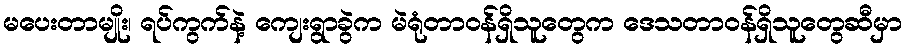
မပေးတာမျိုး၊ ရပ်ကွက်နဲ့ ကျေးရွာခွဲက မဲရုံတာဝန်ရှိသူတွေက ဒေသတာဝန်ရှိသူတွေဆီမှာ